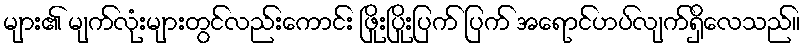
များ၏ မျက်လုံးများတွင်လည်းကောင်း ဖြိုးပြိုးပြက် ပြက် အရောင်ဟပ်လျက်ရှိလေသည်။